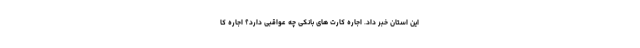
این استان خبر داد. اجاره کارت‌ های بانکی چه عواقبی دارد؟ اجاره کا